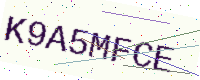
Text: K9A5MFCE